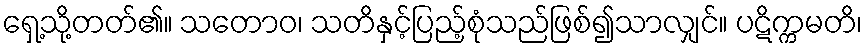
ရှေ့သို့တတ်၏။ သတောဝ၊ သတိနှင့်ပြည့်စုံသည်ဖြစ်၍သာလျှင်။ ပဋိက္ကမတိ၊